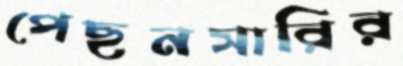
পেছনসারির